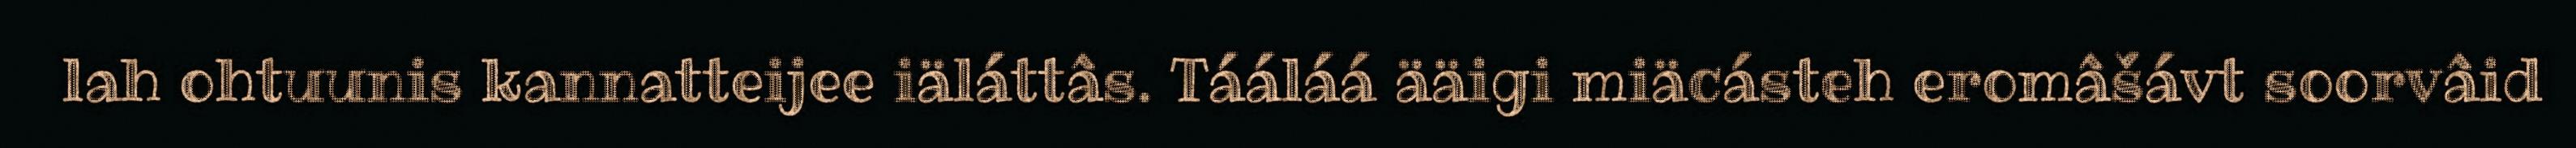
lah ohtuunis kannatteijee iäláttâs. Tááláá ääigi miäcásteh eromâšávt soorvâid